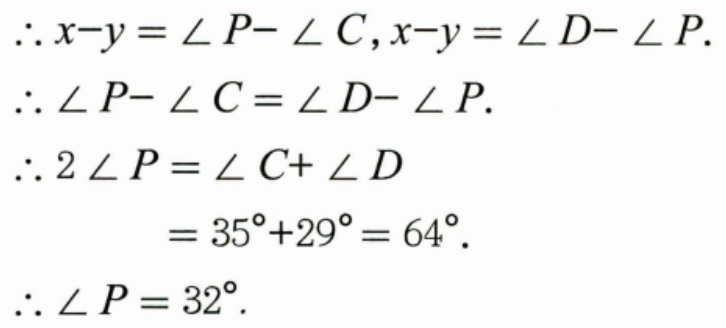
$\therefore x - y=\angle P-\angle C,x - y=\angle D-\angle P.$
$\therefore\angle P-\angle C=\angle D-\angle P.$
$\therefore 2\angle P=\angle C+\angle D$
$=35^{\circ}+29^{\circ}=64^{\circ}.$
$\therefore\angle P = 32^{\circ}.$